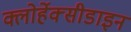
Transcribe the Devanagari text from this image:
क्लोर्हेक्सीडाइन